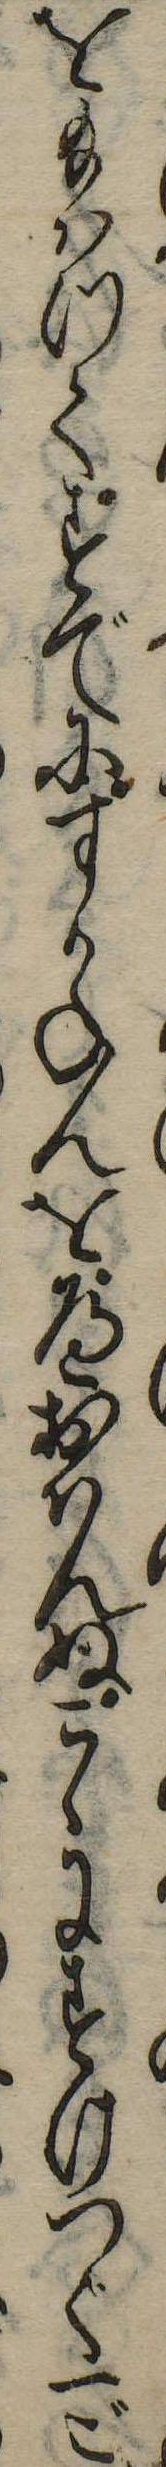
を給はつてすでにすかねんをへおはんぬこゝにすけつぐ一ご